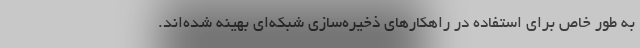
به طور خاص برای استفاده در راهکارهای ذخیره‌سازی شبکه‌ای بهینه شده‌اند.